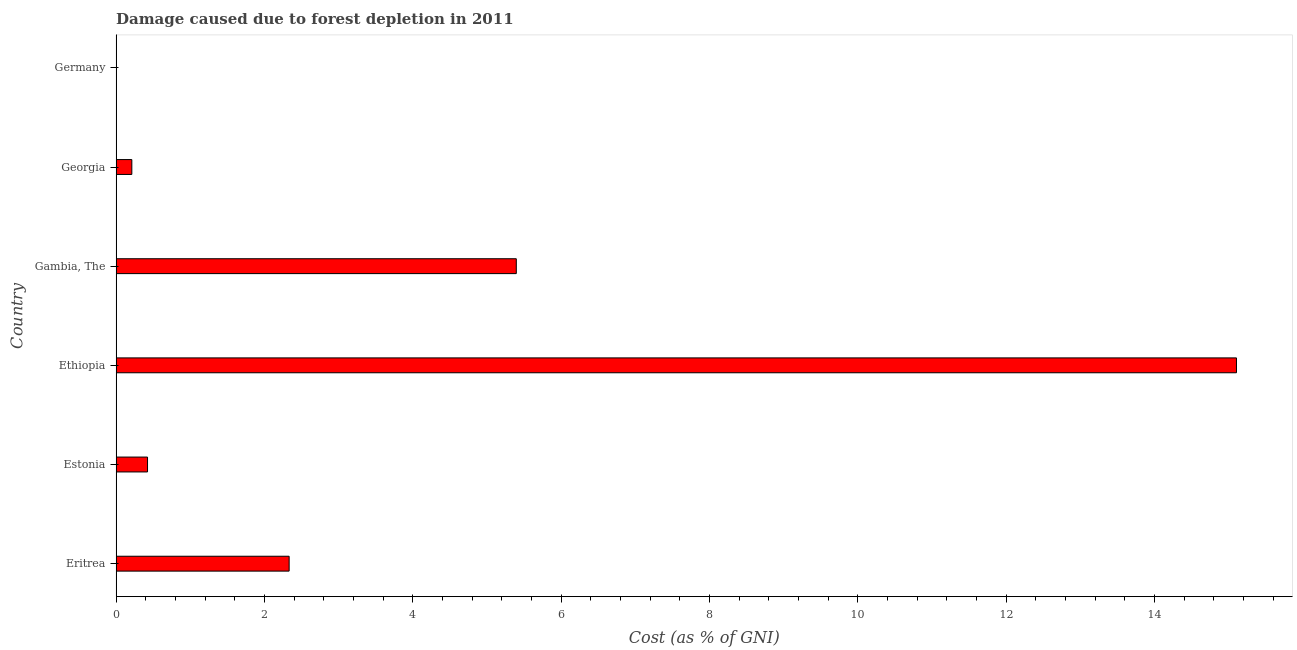
| Country | net forest depletion |
 | --- | --- |
 | Eritrea | 2.33 |
 | Estonia | 0.423 |
 | Ethiopia | 15.1 |
 | Gambia, The | 5.4 |
 | Georgia | 0.212 |
 | Germany | 0.00198 |